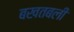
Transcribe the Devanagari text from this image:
बखतबली